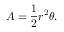
A = { \frac { 1 } { 2 } } r ^ { 2 } \theta .